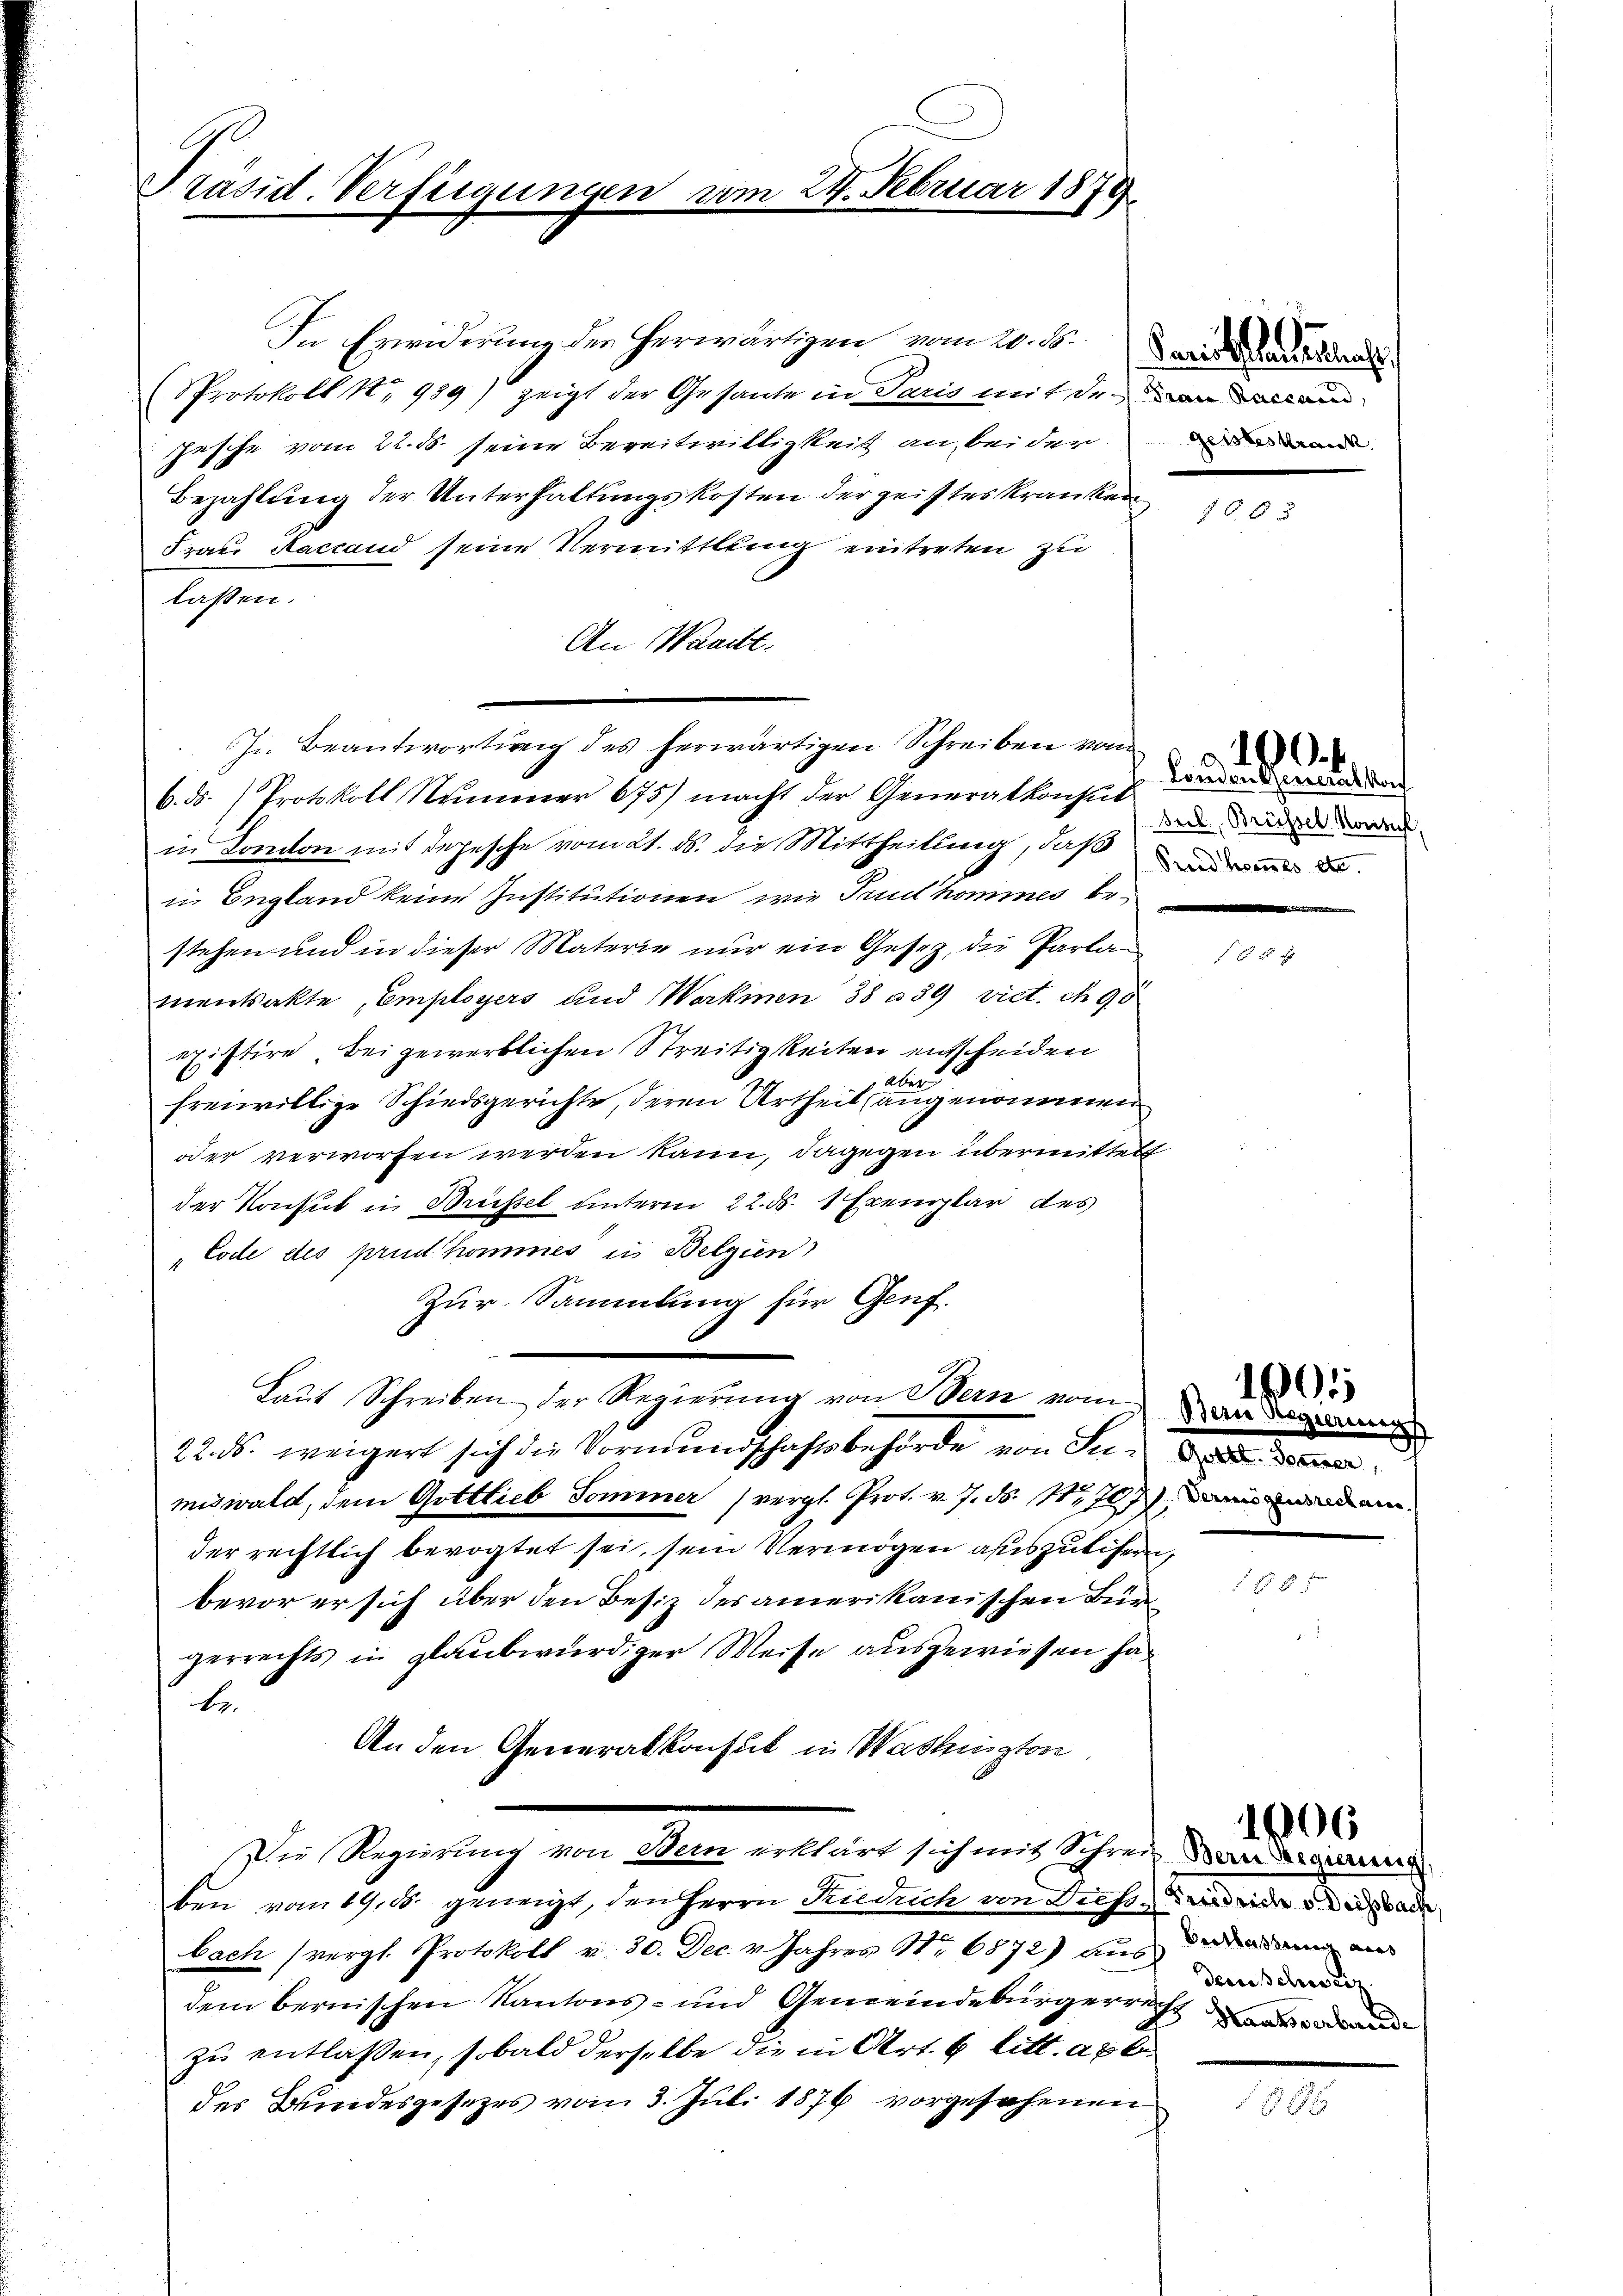
Präsid. Verfügungen

In Ereiderung der herwärtigen vom 20. ds. Darin andesrat
Protokoll No 989) zeigt der Gesante in Paris mit de von ein
Jesche vom 22. ds. seine Bereitwilligkeit an beider anden
Bezahlung der Unterhaltungskosten der geistes Kranken
Frau Ractand seine Vermittlung eintreten zu
lassen.
An Waaitt.
6. ds. Protokoll Nummer 675) macht der Generalkonsul
in Conton mit depesche vom 21. ds. die Mittheilung, daß
in England keine Institutionen, wie Trud’hommes bestehen und in dieser Materie nur ein Gesetz, die Parlamentsakte Employers und Werken 38 n 39 vict. N. 90
existire bei gewerblichen Streitigkeiten entscheiden
Aber
freiwillige Schiedsgerichte, deren Urtheil angenommen
oder verworfen werden kann, dagegen übermittelt
der Konsul in Brüssel unterm 22. ds. 1 Exemplar des
Code des prinkommes in Belgien
Zur. Sammlung für Genf.
Laut Schreiben der Regierung von Bern vom
125. weigert sich die Vormundschaftsbehörde von Seid den
miswald, dem Gottlieb Sominer (vergl. Prot. v. 7. ds. 117707), dann und ein
der rechtlich bevogtet sei, sein Vermögen auszulisern,
bevor er sich über den Besiz des amerikanischen Bürgerrechts in glaubwürdiger Weise ausgewiesen habe
An den Generalkonsul in Washington
Die Regierung von Bern erklärt sich mit Schreiben vom 19. d. geneigt, den Herrn Riedrich von Diess, wird eine ande
bach (vergl. Protokoll v. 30. Dec. v. Jahres Nr. 6872) aus anden au
dem bernischen Kantons- und Gemeindebürgerrecht
zu entlassen, sobald derselbe die in Art. 6 litt. a b
des Bundesgesetzes vom 3. Juli 1876 vorgesehenen

vom 24. Februar 1878

In Beantwortung des herwärtigen Schreiben von

London jeneralkon
Bril, Brüssel konsul,

.

1
Dein Regierung

106

dem Schweiz.

926